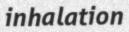
inhalation